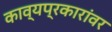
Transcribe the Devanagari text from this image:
काव्यप्रकारांवर